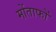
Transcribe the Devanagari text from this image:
मोंताफों